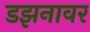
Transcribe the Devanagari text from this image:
डझनावर